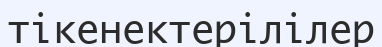
тікенектерілілер